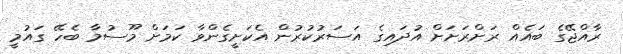
ރާއްޖޭގެ ބައެއް ރަށްރަށަށް އުދައިގެ އަސަރުކުރުން އެކަށީގެންވާ ކަމަށް މޫސުމާ ބެހޭ ގައުމީ